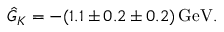
\hat { G } _ { K } = - ( 1 . 1 \pm 0 . 2 \pm 0 . 2 ) \, \mathrm { G e V } .